Problem: 31 + 2 = ?
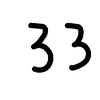
Handwritten answer: 33